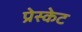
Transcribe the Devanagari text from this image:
प्रेस्केट